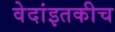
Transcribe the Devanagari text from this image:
वेदांइतकीच